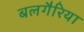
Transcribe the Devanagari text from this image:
बलगैरिया